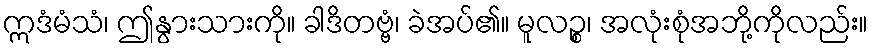
ဣဒံမံသံ၊ ဤနွားသားကို။ ခါဒိတဗ္ဗံ၊ ခဲအပ်၏။ မူလဉ္စ၊ အလုံးစုံအဘို့ကိုလည်း။